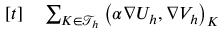
\begin{array} { r l } { [ t ] } & { { } \sum _ { K \in \mathcal { T } _ { h } } \big ( \alpha \nabla U _ { h } , \nabla V _ { h } \big ) _ { K } } \end{array}